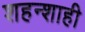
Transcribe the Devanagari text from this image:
शहन्शाही